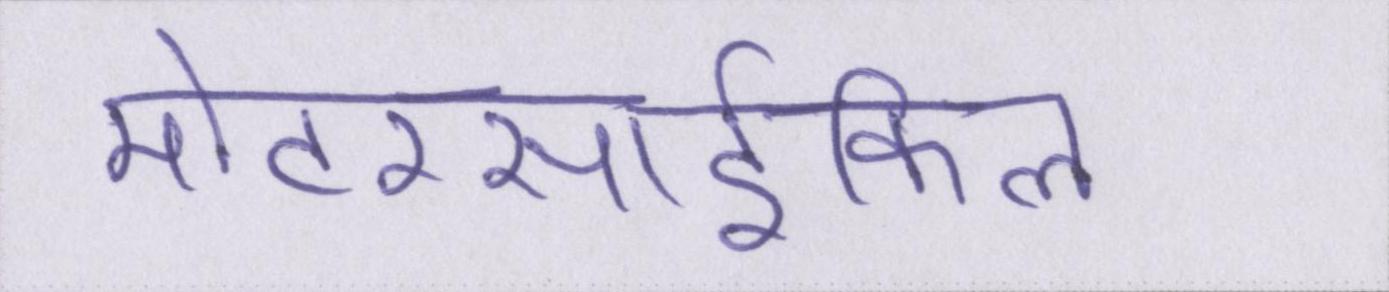
मोटरसार्इकिल